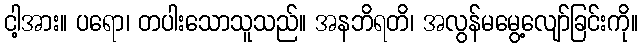
ငါ့အား။ ပရော၊ တပါးသောသူသည်။ အနဘိရတိ၊ အလွန်မမွေ့လျော်ခြင်းကို။